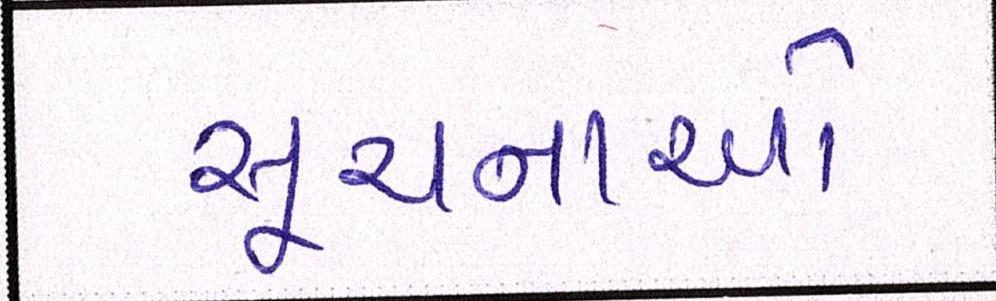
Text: સૂચનાઓ